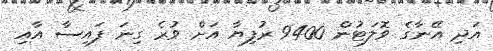
އަދި އޭނާގެ ވޮލަޓުން 9400 ރުފިޔާ އަށް ވުރެ ގިނަ ފައިސާ އާއި